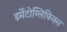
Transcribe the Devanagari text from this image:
डर्मेटोग्लिफिक्स